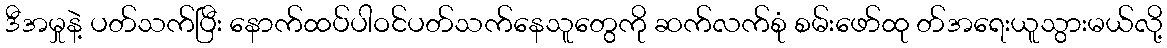
ဒီအမှုနဲ့ ပတ်သက်ပြီး နောက်ထပ်ပါဝင်ပတ်သက်နေသူတွေကို ဆက်လက်စုံ စမ်းဖော်ထု တ်အရေးယူသွားမယ်လို့